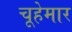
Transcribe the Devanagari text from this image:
चूहेमार